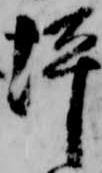
坪